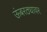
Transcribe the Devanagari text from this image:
ऊंबरठ्यावर